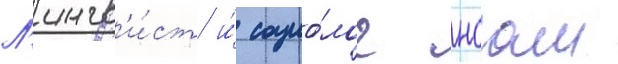
Л'ингв'и́ст и́ социо́лог ноам